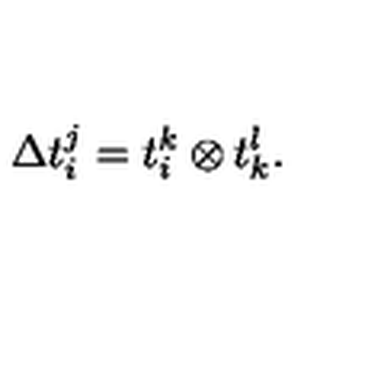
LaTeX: \Delta t _ { i } ^ { j } = t _ { i } ^ { k } \otimes t _ { k } ^ { l } .